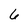
Character: 6